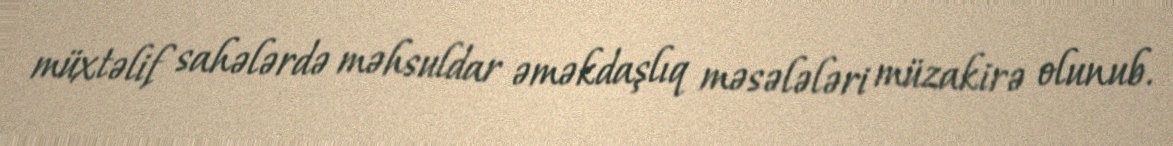
müxtəlif sahələrdə məhsuldar əməkdaşlıq məsələləri müzakirə olunub.